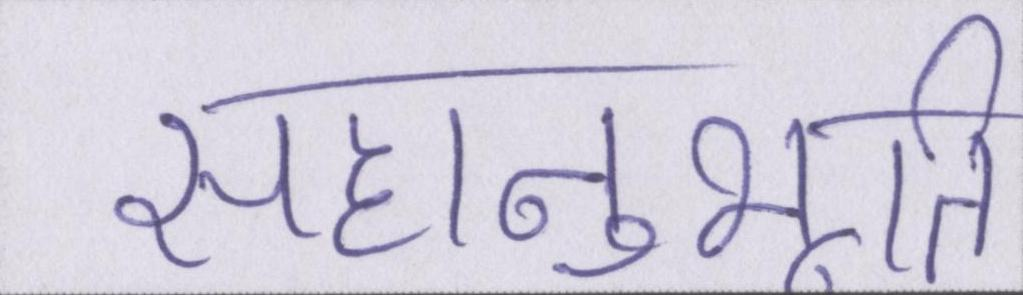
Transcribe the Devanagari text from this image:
सहानुभूति